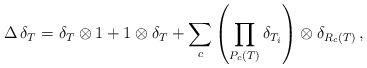
LaTeX: \begin{align*}\Delta \, \delta_T = \delta_T \otimes 1 + 1 \otimes \delta_T +\sum_c \left( \prod_{P_c (T)} \delta_{T_i} \right) \otimes\delta_{R_c (T)} \, , \end{align*}